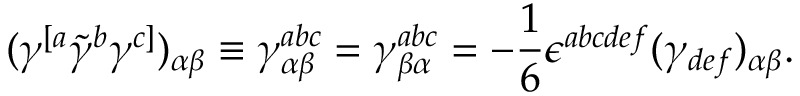
( \gamma ^ { [ a } \tilde { \gamma } ^ { b } \gamma ^ { c ] } ) _ { \alpha \beta } \equiv \gamma _ { \alpha \beta } ^ { a b c } = \gamma _ { \beta \alpha } ^ { a b c } = - { \frac { 1 } { 6 } } \epsilon ^ { a b c d e f } ( \gamma _ { d e f } ) _ { \alpha \beta } .